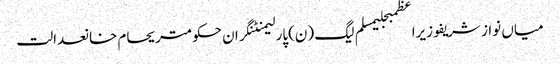
میاں نواز شریفوزیراعظمبجلیمسلم لیگ (ن)پارلیمنٹنگران حکومتریحام خانعدالت